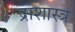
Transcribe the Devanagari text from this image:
द्राशास्त्र